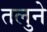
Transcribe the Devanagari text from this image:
तलुने